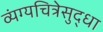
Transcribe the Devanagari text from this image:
व्यंग्यचित्रेसुद्धा